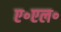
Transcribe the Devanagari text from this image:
ए॰एल॰